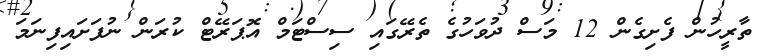
ތާރީހުން ފެށިގެން 12 މަސް ދުވަހުގެ ތެރޭގައި ސިސްޓަމް އޮޕަރޭޓް ކުރަން ނުފަށައިފިނަމަ